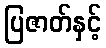
ပြဇာတ်နှင့်